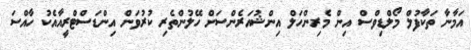
އަމާނާ ތަކާފުލް މޯލްޑިވްސް އިން މެރިންހަލް އިންޝުއަރެންސަށް ހޭލުންތެރި ކުރުވަން އިންޑަސްޓްރީއާއެކު ހާއްސަ